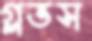
গ্লভস